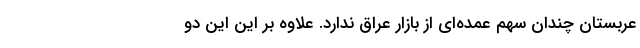
عربستان چندان سهم عمده‌ای از بازار عراق ندارد. علاوه بر این این دو